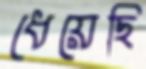
ধেয়েছি